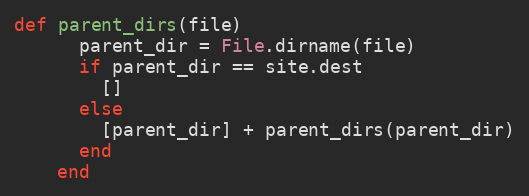
Language: Ruby
def parent_dirs(file)
      parent_dir = File.dirname(file)
      if parent_dir == site.dest
        []
      else
        [parent_dir] + parent_dirs(parent_dir)
      end
    end